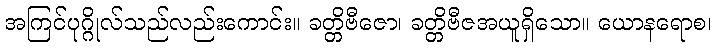
အကြင်ပုဂ္ဂိုလ်သည်လည်းကောင်း။ ခတ္တိဗီဇော၊ ခတ္တိဗီဇအယူရှိသော။ ယောနရောစ၊